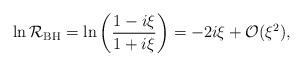
LaTeX: \begin{align*} \ln {\cal R}_{\rm BH} = \ln \left(\frac{1-i\xi}{1+i\xi}\right)= - 2i\xi + {\cal O}(\xi^2),\end{align*}